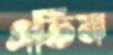
এতিম